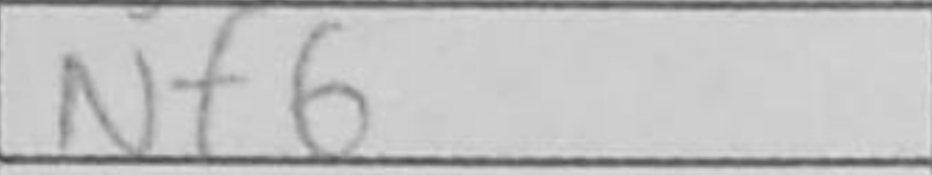
Transcription: Nf6